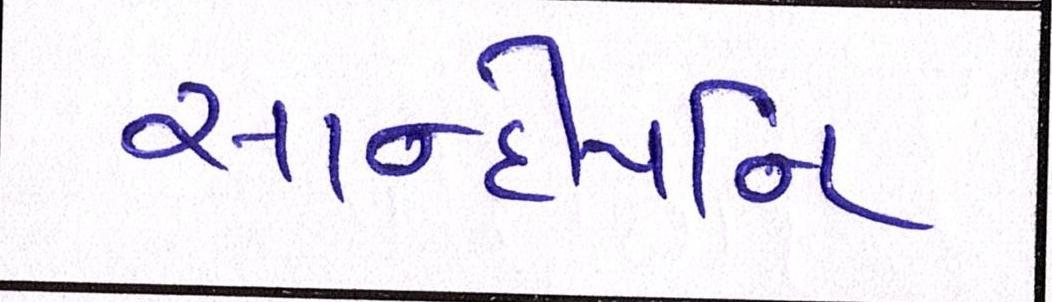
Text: સાન્દીપનિ